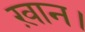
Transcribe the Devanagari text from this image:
ख़ान।